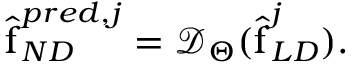
\begin{array} { r } { \hat { \boldsymbol { \mathrm { f } } } _ { N D } ^ { p r e d , j } = \mathcal { D } _ { \boldsymbol { \Theta } } ( \hat { \boldsymbol { \mathrm { f } } } _ { { L D } } ^ { j } ) . } \end{array}